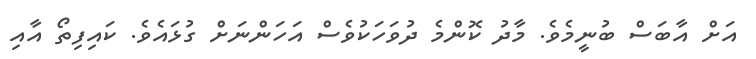
އަށް އާބަސް ބުނީމެވެ. މާދު ކޮންމެ ދުވަހަކުވެސް އަހަންނަށް ގުޅައެވެ. ކައިފިތޯ އާއި